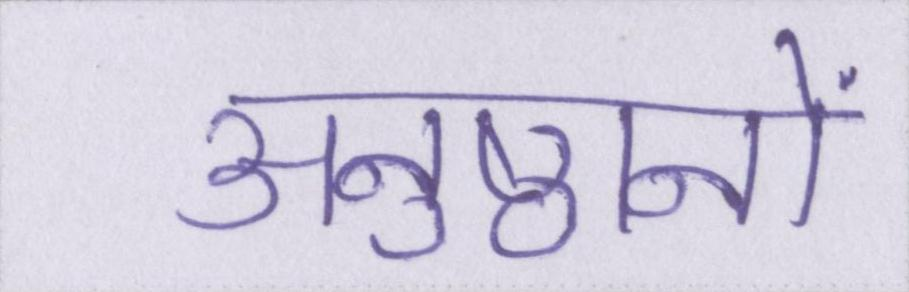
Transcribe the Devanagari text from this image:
अनुष्ठानों